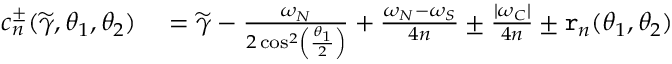
\begin{array} { r l } { c _ { n } ^ { \pm } ( \widetilde { \gamma } , \theta _ { 1 } , \theta _ { 2 } ) } & { { } = \widetilde { \gamma } - \frac { \omega _ { N } } { 2 \cos ^ { 2 } \left( \frac { \theta _ { 1 } } { 2 } \right) } + \frac { \omega _ { N } - \omega _ { S } } { 4 n } \pm \frac { | \omega _ { C } | } { 4 n } \pm \mathtt { r } _ { n } ( \theta _ { 1 } , \theta _ { 2 } ) } \end{array}